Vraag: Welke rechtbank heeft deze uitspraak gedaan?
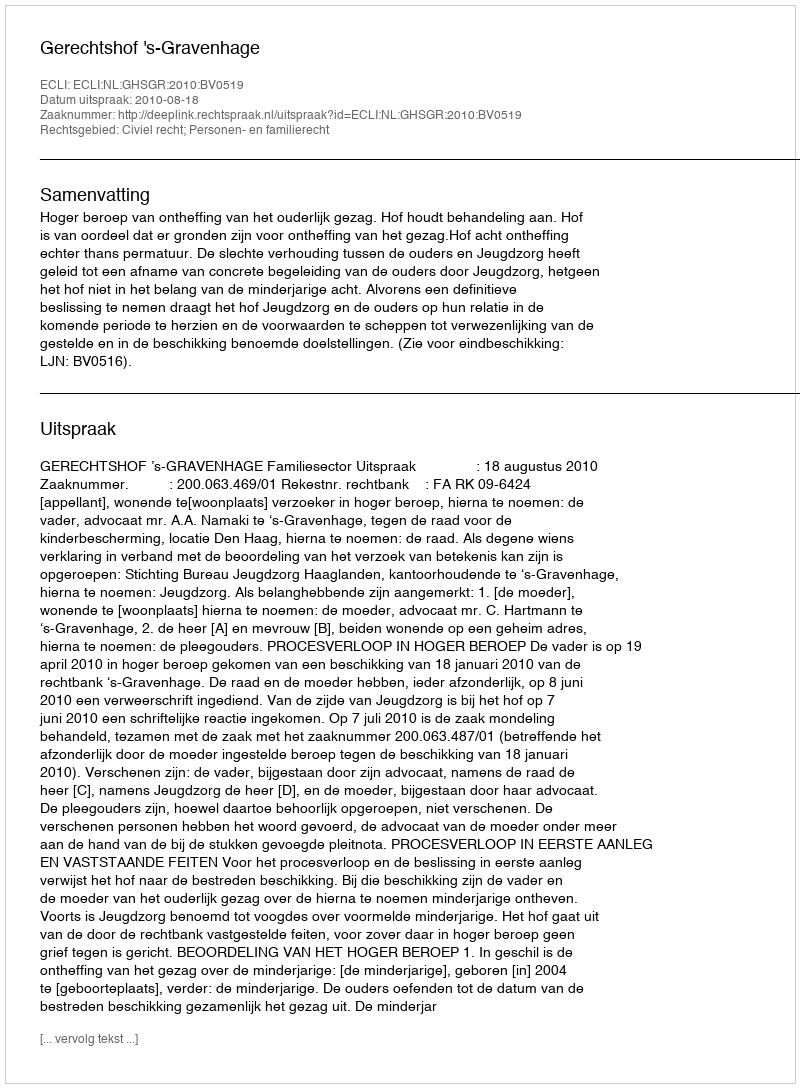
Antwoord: Gerechtshof 's-Gravenhage